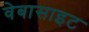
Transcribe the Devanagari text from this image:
वेबासाइट